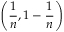
\left( { \frac { 1 } { n } } , 1 - { \frac { 1 } { n } } \right)